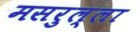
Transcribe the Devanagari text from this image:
मसरुल्ला